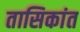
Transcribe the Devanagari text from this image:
तासिकांत